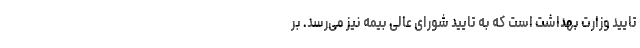
تایید وزارت بهداشت است که به تایید شورای عالی بیمه نیز می‌رسد. بر